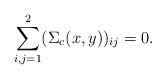
\begin{align*}\sum_{i, j = 1}^2 (\Sigma_c (x, y) )_{i j} = 0 .\end{align*}